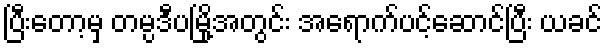
ပြီးတော့မှ တမ္ပဒီပမြို့အတွင်း အရောက်ပင့်ဆောင်ပြီး ယခင်